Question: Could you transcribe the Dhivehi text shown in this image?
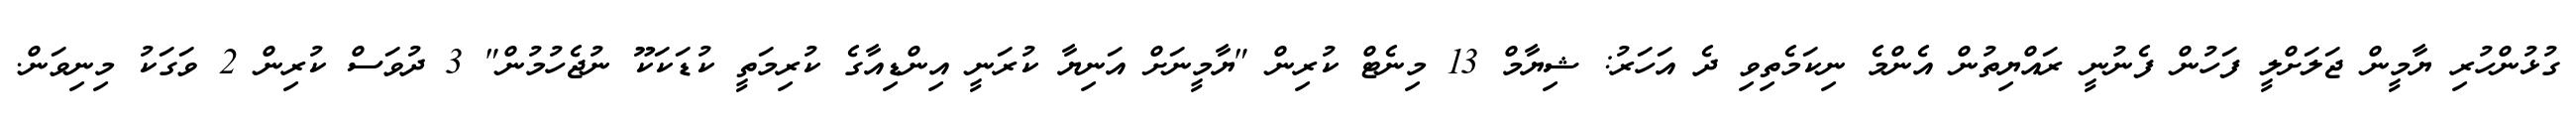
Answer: ގުޅުންހުރި ޔާމީން ޖަލަށްލީ ފަހުން ފެނުނީ ރައްޔިތުން އެންމެ ނިކަމެތިވި ދެ އަހަރު: ޝިޔާމް 13 މިނެޓް ކުރިން "ޔާމީނަށް އަނިޔާ ކުރަނީ އިންޑިއާގެ ކުރިމަތީ ކުޑަކަކޫ ނުޖެހުމުން" 3 ދުވަސް ކުރިން 2 ވަގަކު މިނިވަން.